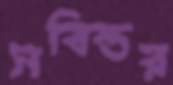
সবিস্তর